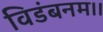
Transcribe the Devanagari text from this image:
विडंबनम।।